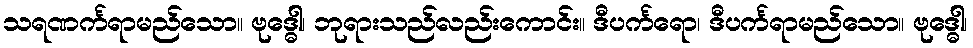
သရဏင်္ကရာမည်သော။ ဗုဒ္ဓေါ၊ ဘုရားသည်လည်းကောင်း။ ဒီပင်္ကရော၊ ဒီပင်္ကရာမည်သော။ ဗုဒ္ဓေါ၊